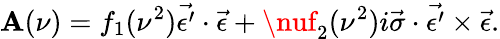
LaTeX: \mathbf{A}(\nu)=f_{1}(\nu^{2})\vec{{\epsilon^{\prime}}}\cdot\vec{{\epsilon}}+\nuf_{2}(\nu^{2})i\vec{{\sigma}}\cdot\vec{{\epsilon^{\prime}}}\times\vec{{\epsilon}}.